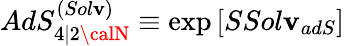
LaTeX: AdS_{4\vert2{\calN}}^{(Sol\mathbf{v})}\equiv\exp\left[SSol\mathbf{v}_{adS}\right]